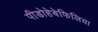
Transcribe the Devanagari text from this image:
पीडोहेबेफिलिया